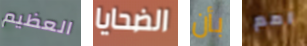
العظيم الضحايا بأن امم